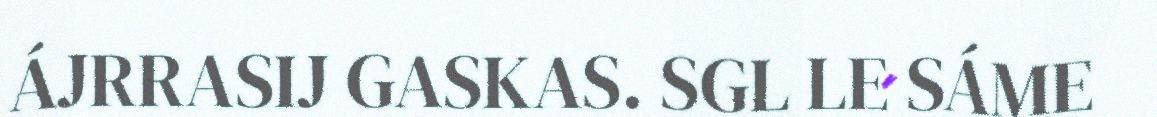
ÁJRRASIJ GASKAS. SGL LE SÁME